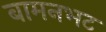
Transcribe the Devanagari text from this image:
बामनभट